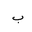
Letter: _ba